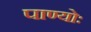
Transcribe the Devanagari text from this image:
पाण्योः